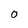
Character: O